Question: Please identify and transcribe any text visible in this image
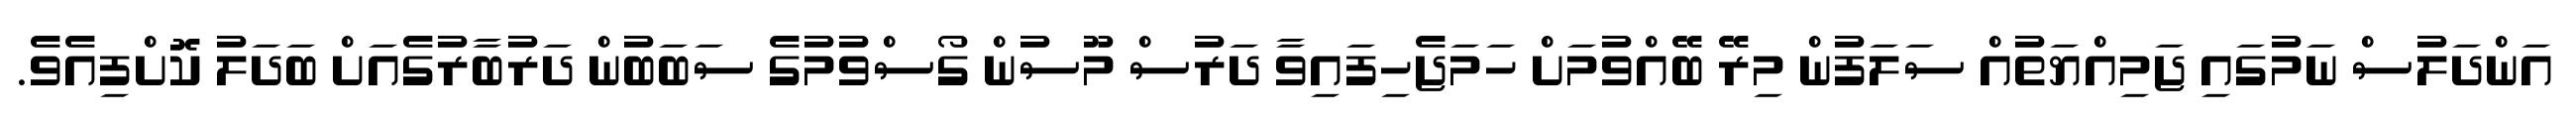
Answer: އަންދަލުސް ނަމުގައި ޖަމިއްޔަތުއް ސަލަފުން މިރޭ ބޭއްވުމަށް ހަމަޖެހިފައިވާ ދަރުސް މޫސުން ގޯސްވުމުގެ ސަބަބުން ދަރުބާރުގެއަށް ބަދަލު ކޮށްފިއެވެ.